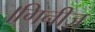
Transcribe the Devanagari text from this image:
।गिनीज़